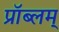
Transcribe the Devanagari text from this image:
प्रॉब्लम्